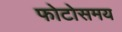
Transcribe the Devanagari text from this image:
फोटोसमय